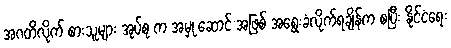
အဂတိလိုက် စားသူများ အုပ်စု က အမှု ဆောင် အဖြစ် အရွေးခံလိုက်ရချိန်က စပြီး နိုင်ငံရေး